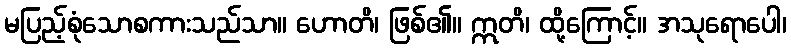
မပြည့်စုံသောစကားသည်သာ။ ဟောတိ၊ ဖြစ်၏။ ဣတိ၊ ထို့ကြောင့်။ အသုရောပေါ၊